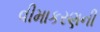
વીમાકરણની